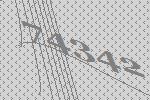
74342